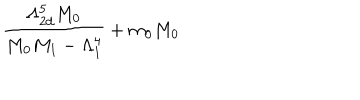
LaTeX: \frac { \Lambda _ { 2 d } ^ { 5 } M _ { 0 } } { M _ { 0 } M _ { 1 } - \Lambda _ { 1 } ^ { 4 } } + m _ { 0 } M _ { 0 }